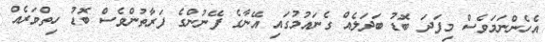
އެހެންނަމަވެސް މިފަދަ ބޮޑު ބަދަލެއް ގެނައުމުގައި އޭނާގެ ފޭނުންގެ ފަރާތުންވެސް ބޮޑު ހިތްވަރެއް